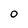
Character: 0